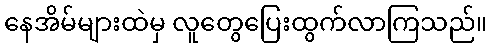
နေအိမ်များထဲမှ လူတွေပြေးထွက်လာကြသည်။